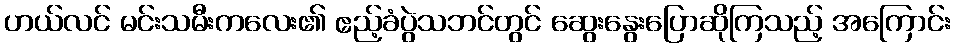
ဟယ်လင် မင်းသမီးကလေး၏ ဧည့်ခံပွဲသဘင်တွင် ဆွေးနွေးပြောဆိုကြသည့် အကြောင်း